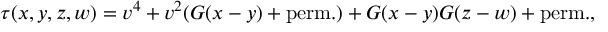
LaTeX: \tau ( x , y , z , w ) = v ^ { 4 } + v ^ { 2 } ( G ( x - y ) + \mathrm { p e r m . } ) + G ( x - y ) G ( z - w ) + \mathrm { p e r m . } ,